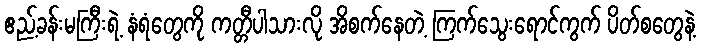
ဧည့်ခန်းမကြီးရဲ့ နံရံတွေကို ကတ္တီပါသားလို အိစက်နေတဲ့ ကြက်သွေးရောင်ကွက် ပိတ်စတွေနဲ့